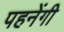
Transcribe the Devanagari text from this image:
पहनेंगी